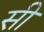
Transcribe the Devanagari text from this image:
सी